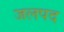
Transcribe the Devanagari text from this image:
जलपद